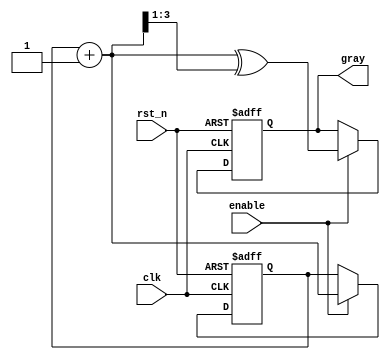
module gray_cnt
#(
  parameter WIDTH = 4
  )
 (
  input                      clk,
  input                      rst_n,
  input                      enable,
  output reg [WIDTH - 1 : 0] gray 
 );

  reg [WIDTH - 1 : 0]       bin;
  wire [WIDTH - 1 : 0]      bin_inc;
  wire [WIDTH - 1 : 0]      bin_to_gray;
  
  always@(posedge clk or negedge rst_n)
    if(!rst_n)begin
      bin  <= 0;
      gray <= 0;
    end
    else if(enable)begin
      bin  <= bin_inc;
      gray <= bin_to_gray;
    end
  

  assign bin_inc     = bin + 1'b1;
  assign bin_to_gray = bin_inc ^ (bin_inc >> 1);
  
  
endmodule // gray_cnt